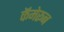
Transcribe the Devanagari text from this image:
कॅमेरून